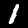
Digit: 1